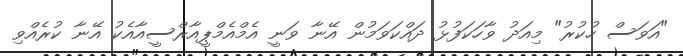
"އަވަސް ހުކުރު" މިއަދު ވާހަކަފުޅު ދައްކަވަމުން އޭނާ ވަނީ އެމްއެމްޕީއާރްސީއާއެކު އޭނާ ކުރެއްވި